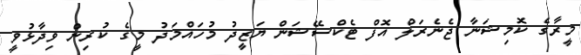
މީރާގެ ކޮމިޝަނާ ޖެނެރަލް އޮފް ޓެކްސޭޝަން ޔަޒީދު މުހައްމަދު މީގެ ކުރިން ވިދާޅުވީ